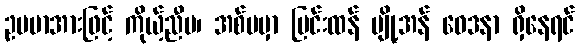
ဥပမာအားဖြင့် ကိုယ့်ညီမ၊ အစ်မမှာ ပြင်းထန် ပျို့အန် ဝေဒနာ ရှိနေရင်